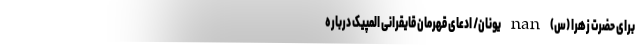
برای حضرت زهرا (س) nan یونان/ ادعای قهرمان قایقرانی المپیک درباره